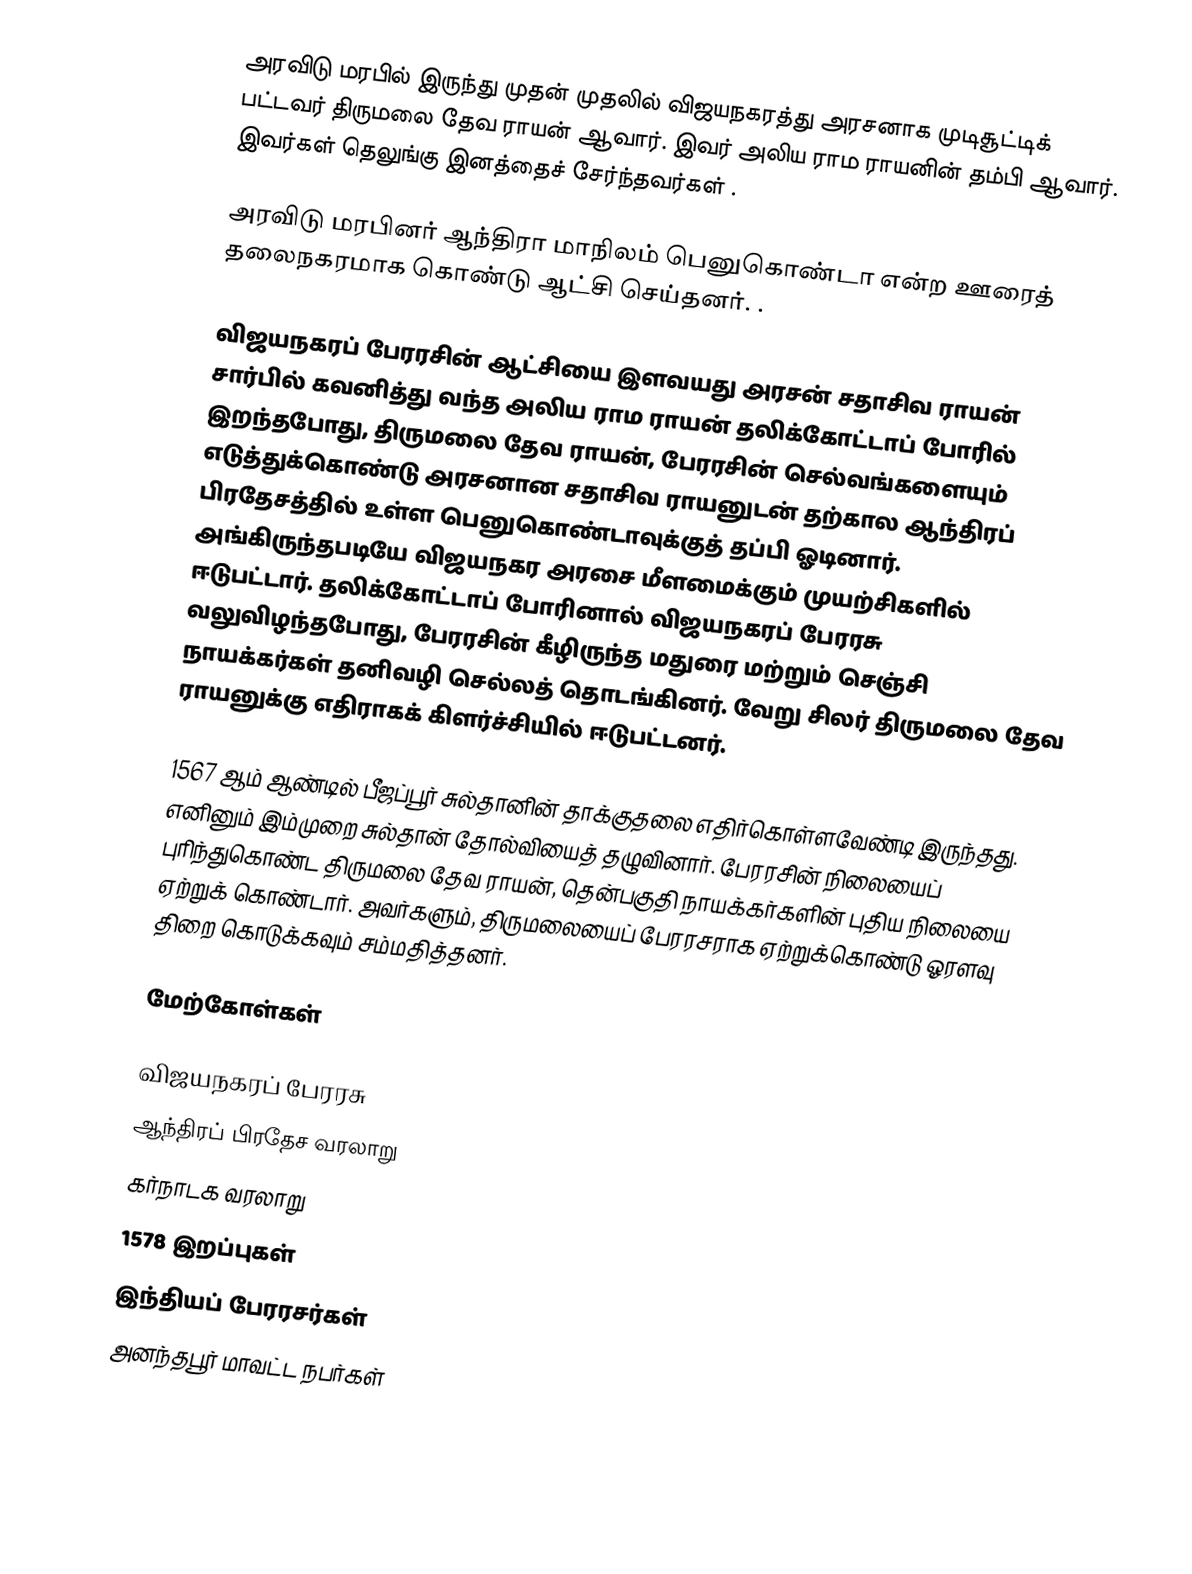
அரவிடு மரபில் இருந்து முதன் முதலில் விஜயநகரத்து அரசனாக முடிசூட்டிக் பட்டவர் திருமலை தேவ ராயன் ஆவார். இவர் அலிய ராம ராயனின் தம்பி ஆவார்.  இவர்கள் தெலுங்கு இனத்தைச் சேர்ந்தவர்கள் .

 அரவிடு மரபினர்  ஆந்திரா மாநிலம்    பெனுகொண்டா என்ற ஊரைத் தலைநகரமாக கொண்டு ஆட்சி  செய்தனர்.   .

விஜயநகரப் பேரரசின் ஆட்சியை இளவயது அரசன் சதாசிவ ராயன் சார்பில் கவனித்து வந்த அலிய ராம ராயன் தலிக்கோட்டாப் போரில் இறந்தபோது, திருமலை தேவ ராயன், பேரரசின் செல்வங்களையும் எடுத்துக்கொண்டு அரசனான சதாசிவ ராயனுடன் தற்கால ஆந்திரப் பிரதேசத்தில் உள்ள பெனுகொண்டாவுக்குத் தப்பி ஓடினார். அங்கிருந்தபடியே விஜயநகர அரசை மீளமைக்கும் முயற்சிகளில் ஈடுபட்டார். தலிக்கோட்டாப் போரினால் விஜயநகரப் பேரரசு வலுவிழந்தபோது, பேரரசின் கீழிருந்த மதுரை மற்றும் செஞ்சி நாயக்கர்கள் தனிவழி செல்லத் தொடங்கினர். வேறு சிலர் திருமலை தேவ ராயனுக்கு எதிராகக் கிளர்ச்சியில் ஈடுபட்டனர்.

1567 ஆம் ஆண்டில் பீஜப்பூர் சுல்தானின் தாக்குதலை எதிர்கொள்ளவேண்டி இருந்தது. எனினும் இம்முறை சுல்தான் தோல்வியைத் தழுவினார். பேரரசின் நிலையைப் புரிந்துகொண்ட திருமலை தேவ ராயன், தென்பகுதி நாயக்கர்களின் புதிய நிலையை ஏற்றுக் கொண்டார். அவர்களும், திருமலையைப் பேரரசராக ஏற்றுக்கொண்டு ஓரளவு திறை கொடுக்கவும் சம்மதித்தனர்.

மேற்கோள்கள்

விஜயநகரப் பேரரசு
ஆந்திரப் பிரதேச வரலாறு
கர்நாடக வரலாறு
1578 இறப்புகள்
இந்தியப் பேரரசர்கள்
அனந்தபூர் மாவட்ட நபர்கள்